Annual statistical returns and brief notes on vaccination in Bengal - 1887-1898
Year: 1887
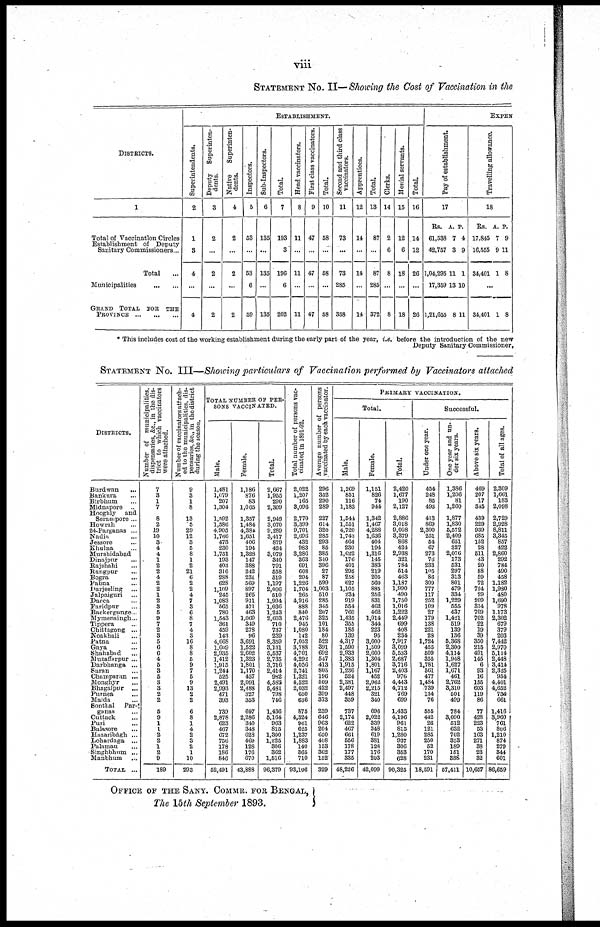
viii
STATEMENT No. II— Showing the Cost of Vaccination in the
DISTRICTS.
1
Total of Vaccination Circles
Establishment of Deputy
Sanitary Commissioners...
Total
...
Municipalities
...
...
GRAND TOTAL FOR THE
PROVINCE
...
...
...
ESTABLISHMENT.
Superintendents.
2
1
3
4
...
4
Deputy
Superinten-
dents.
3
2
...
2
...
2
Native
Superinten-
dents.
4
2
...
2
...
2
Inspectors.
5
53
...
53
6
59
Sub-Inspectors.
6
135
...
135
...
135
Total.
7
193
3
196
6
202
Head vaccinators.
8
11
...
11
...
11
First class vaccinators.
9
47
...
47
...
47
Total.
10
58
...
58
...
58
Second and third class
vaccinators.
11
73
...
73
285
358
Apprentices.
12
14
...
14
...
14
Total.
13
87
...
87
285
372
Clerks.
14
2
6
8
...
8
Menial servants.
15
12
6
18
...
18
Total
16
14
12
26
...
26
EXPEN
Pay of establishment.
17
RS.
61,538
42,757
1,04,295
17,359
1,21,655
A.
7
3
11
13
8
P.
4
9
1
10
11
Travelling allowance.
18
RS.
17,845
16,555
34,401
A.
7
9
1
P.
9
11
8
...
34,401 1 8
* This includes cost of the working establishment during the early part of the year, i.e. before the introduction of the new
Deputy Sanitary Commissioner,
STATEMENT No. III—Showing particulars of Vaccination performed by Vaccinators attached
DISTRICTS.
Burdwan
...
Bankura ...
Birbhum ...
Midnapore ...
Hooghly and
Serampore ...
Howrah ...
24-Parganas ...
Nadia ...
Jessore ...
Khulna ...
Murshidabad ...
Dinajpur ...
Rajshahi ...
Rangpur ...
Bogra ...
Pabna ...
Darjeeling
...
Jalpaiguri ...
Dacca ...
Faridpur ...
Backergunge...
Mymensingh...
Tippera ...
Chittagong ...
Noakhali ...
Patna ...
Gaya ...
Shahabad ...
Muzaffarpur ...
Darbhanga ...
Saran ...
Champaran ...
Monghyr ...
Bhagalpur ...
Purnea ...
Malda ...
Sonthal
Par¬
ganas ...
Cuttack ...
Puri ...
Balasore ...
Hazaribágh ...
Lohardaga ...
Palamau ...
Singhbhum ...
Manbhum ...
TOTAL ...
Number of municipalities,
dispensaries, &c.,
in the dis-
trict to which vaccinators
were attached.
7
3
1
7
8
2
19
10
3
4
4
1
2
2
4
2
2
1
2
3
5
9
7
2
3
5
6
6
4
5
3
5
3
3
2
2
5
9
1
1
2
2
1
2
9
189
Number of vaccinators attach-
ed to the municipalities, dis-
pensaries, &c., in the district
during the season.
9
3
1
8
13
5
29
12
3
5
8
1
2
21
6
2
2
4
7
3
6
8
7
4
3
16
8
8
5
9
7
5
9
13
2
2
6
8
1
4
2
3
2
1
10
293
TOTAL NUMBER OF PER-
SONS VACCINATED.
Male.
1,481
1,079
207
1,304
1,592
1,586
4,905
1,766
473
230
1,751
193
403
316
288
628
1,109
245
1,083
565
780
1,543
361
459
143
4,668
1,609
2,935
1,412
1,915
1,244
525
2,491
2,993
471
393
739
2,878
623
467
672
756
178
186
846
52,491
Female.
1,186
876
83
1,005
1,357
1,484
4,384
1,651
406
194
1,328
147
388
242
231
569
897
265
911
471
463
1,060
349
278
96
3,691
1,522
2,602
1,323
1,801
1,170
457
2,091
2,488
327
353
697
2,286
340
348
628
469
128
176
670
43,888
Total.
2,667
1,955
290
2,309
2,949
3,070
9,289
3,417
879
424
3,079
340
791
558
519
1,197
2,006
510
1,994
1,036
1,243
2,603
710
737
239
8,359
3,131
5,537
2,735
3,716
2,414
982
4,582
5,481
798
746
1,436
5,164
963
815
1,300
1,225
306
362
1,516
96,379
Total number of persons vac-
cinated in 1891-92.
2,022
1,207
165
3,096
2,770
3,399
9,701
2,696
432
983
3,286
363
691
608
294
1,226
1,704
265
4,916
888
840
2,476
945
1,080
142
7,052
3,788
4,701
4,292
4,056
2,741
1,321
4,522
2,032
650
636
875
4,324
901
625
1,237
1,883
140
365
710
93,106
Average number of persons
vaccinated by each vaccinator.
296
352
290
289
227
614
320
285
293
85
385
340
396
27
87
599
1,003
510
285
345
207
325
101
184
80
522
391
692
547
413
805
196
509
422
399
373
239
646
963
204
650
408
153
362
152
329
PRIMARY VACCINATION.
Total.
Male.
1,269
851
116
1,183
1,544
1,551
4,720
1,743
464
230
1,622
176
401
295
258
627
1,105
234
919
554
760
1,435
355
185
139
4,317
1,590
2,933
1,383
1,915
1,236
524
2,381
2,497
448
359
737
2,174
622
467
661
556
178
177
335
48,226
Female.
1,151
826
74
944
1,342
1,467
4,288
1,636
404
194
1,316
145
383
219
205
560
885
256
831
402
462
1,014
344
223
95
3,600
1,509
2,600
1,304
1,801
1,167
452
2,062
2,215
321
340
696
2,022
339
348
619
381
128
176
293
42,099
Total.
2,420
1,677
190
2,127
2,886
3,018
9,008
3,379
868
424
2,938
321
784
514
463
1,187
1,990
490
1,750
1,016
1,222
2,449
699
408
234
7,917
3,099
5,533
2,687
3,716
2,403
976
4,443
4,712
769
699
1,433
4,196
961
815
1,280
937
306
353
628
90,325
Successful.
Under one year.
454
248
85
493
413
869
2,300
251
54
67
273
76
233
105
86
309
777
117
252
109
27
179
138
221
28
1,724
455
509
355
1,781
561
477
1,484
739
134
76
555
442
26
121
285
250
52
170
231
18,591
One year and un-
der six years.
1,386
1,206
81
1,260
1,877
1,830
5,572
2,409
651
327
2,076
173
531
297
313
801
479
334
1,229
555
437
1,421
519
139
136
5,368
2,300
4,114
1,948
1,627
1,671
461
2,762
3,310
501
499
784
3,090
512
632
762
353
189
151
338
57,411
Above six years.
469
207
17
345
439
229
939
685
152
28
511
43
20
88
59
72
724
29
209
314
709
702
22
19
39
350
215
491
145
6
93
16
155
603
119
86
77
428
223
53
163
271
38
23
32
10,657
Total of all ages.
2,309
1,661
183
2,098
2,729
2,928
8,811
3,345
857
422
2,860
292
784
490
458
1,182
1,980
480
1,690
978
1,173
2,302
679
379
203
7,442
2,970
5,114
2,448
3,414
2,325
954
4,401
4,652
754
661
1,416
3,960
761
806
1,210
874
279
344
601
86,659
OFFICE OF THE SANY. COMMR. FOR BENGAL,
The 15th September 1893.